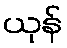
ယုန်